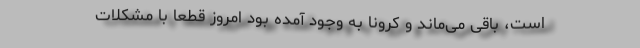
است، باقی می‌ماند و کرونا به وجود آمده بود امروز قطعاً با مشکلات